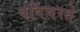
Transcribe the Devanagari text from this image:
बर्बिचरते